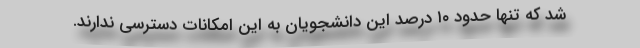
شد که تنها حدود ۱۰ درصد این دانشجویان به این امکانات دسترسی ندارند.